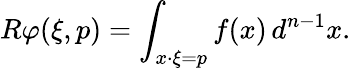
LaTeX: R\varphi(\xi,p)=\int_{x\cdot\xi=p}f(x)\, d^{n-1}x.